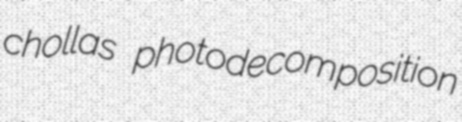
chollas photodecomposition